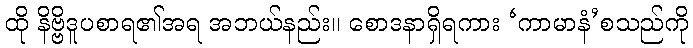
ထို နိဗ္ဗိဒူပစာရ၏အရ အဘယ်နည်း။ စောဒနာရှိရကား ‘ကာမာနံ’စသည်ကို